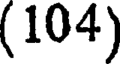
(104)